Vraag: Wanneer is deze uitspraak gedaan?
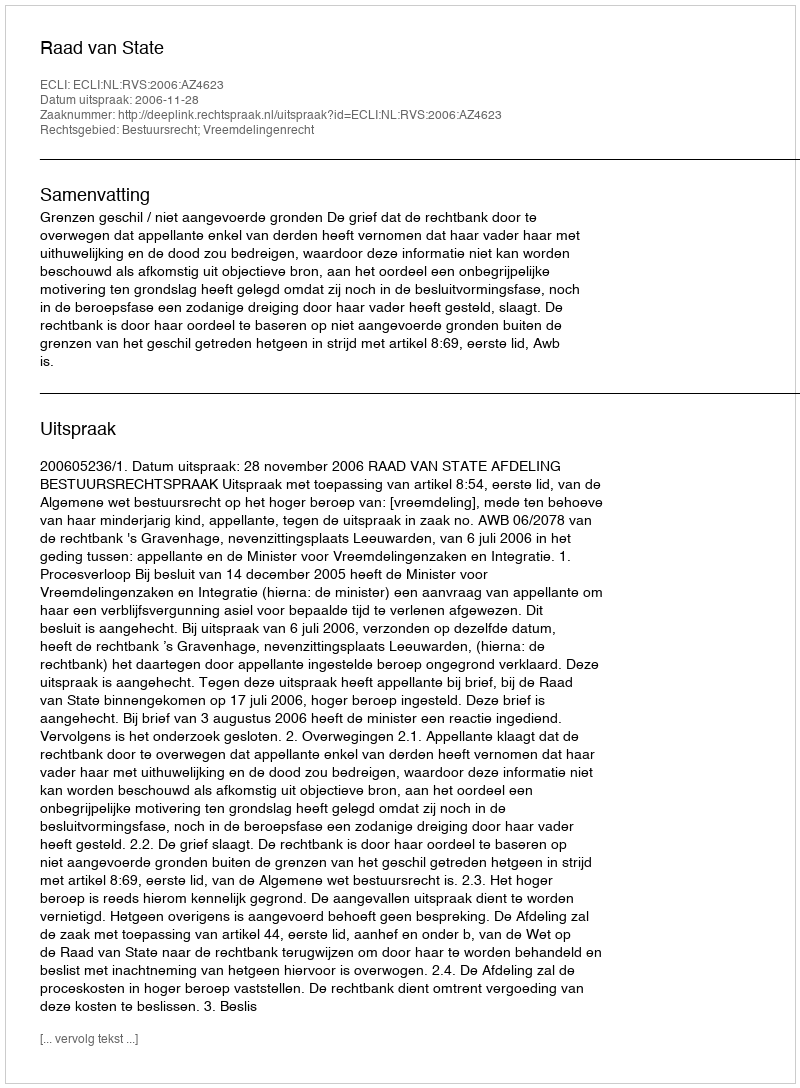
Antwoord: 2006-11-28